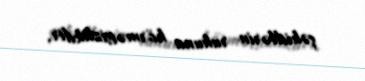
şəhidlərin ruhuna hörmətsizlikdir.